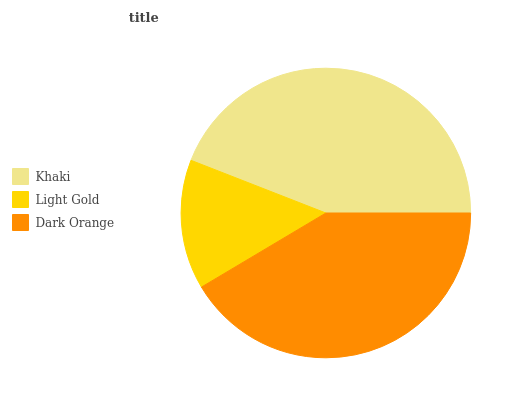
| Khaki | Light Gold | Dark Orange |
 | --- | --- | --- |
 | 44.1% | 14.5% | 41.4% |